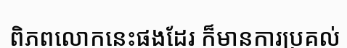
ពិភពលោកនេះផងដែរ ក៏មានការប្រគល់